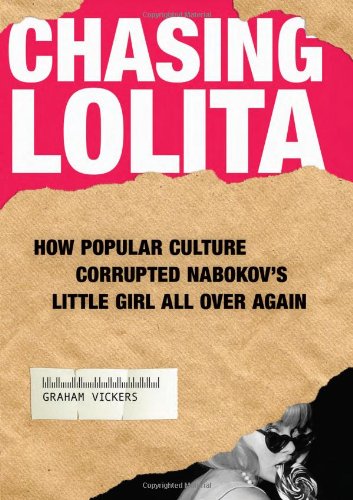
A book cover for Chasing Lolita: How Popular Culture Corrupted Nabokov's Little Girl All Over Again; Graham Vickers; Humor & Entertainment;